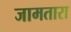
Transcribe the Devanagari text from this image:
जामतारा